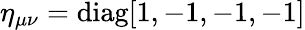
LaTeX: \eta_{\mu\nu}=\operatorname{diag}[1,-1,-1,-1]